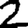
Digit: 2